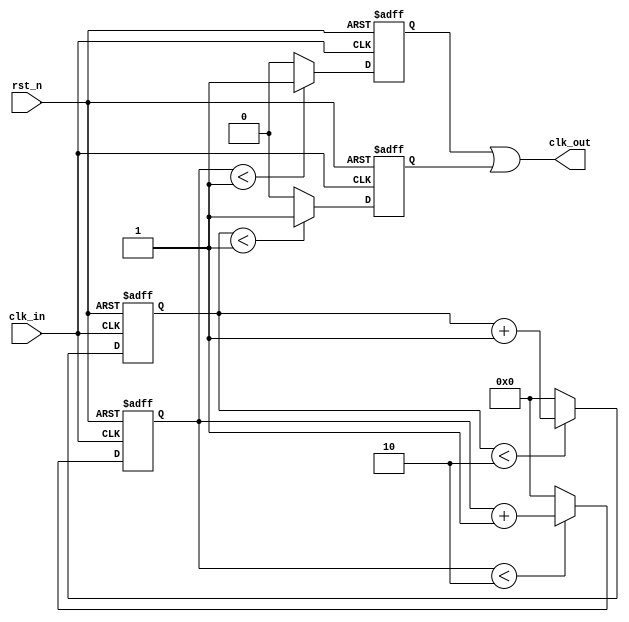

module my_div #(
	parameter FDIV = 3

	)
	(
	input rst_n,
	input clk_in, 

	output clk_out


);


//intra regs or wires
reg [4:0] cnt_pos;
reg [4:0] cnt_neg;

reg  clk_pos;
reg  clk_neg;
//1.counter for posedge , to gen clk_pos

always @(posedge clk_in, negedge rst_n) begin
	if(!rst_n) 
		cnt_pos <= 5'b0;
	else if (cnt_pos < (FDIV - 1) )
		cnt_pos <=   cnt_pos + 1'b1;
	else
		cnt_pos <= 5'b0; 
end

//2.counter for negedge , to gen clk_neg
always @(negedge clk_in, negedge rst_n) begin
	if(!rst_n) 
		cnt_neg <= 5'b0;
	else if (cnt_neg < (FDIV - 1) )
		cnt_neg <=  cnt_neg + 1'b1;
	else
		cnt_neg <= 5'b0; 
end

//3.according to cnt_pos, gen clk_pos
always @(posedge clk_in, negedge rst_n) begin
	if(!rst_n)
		clk_pos <= 0;
	else if (cnt_pos < (FDIV/2))
		clk_pos <= 1;
	else clk_pos <= 0;
end

//4.according to cnt_neg, gen clk_neg
always @(negedge clk_in, negedge rst_n) begin
	if(!rst_n)
		clk_neg <= 0;
	else if (cnt_neg < (FDIV/2))
		clk_neg <= 1;
	else clk_neg <= 0;
end

assign clk_out = clk_neg | clk_pos;

endmodule